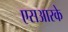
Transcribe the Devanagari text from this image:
एसआरके